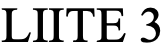
LIITE 3